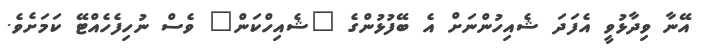
އޭނާ ވިދާޅުވީ އެފަދަ ޝެއިހުންނަށް އެ ބޭފުޅުންގެ "ޝެއިހްކަން" ވެސް ނުހިފެހެއްޓޭ ކަމަށެވެ.